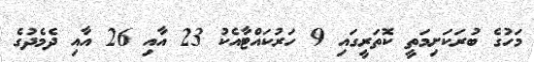
މަހުގެ ބުރަކަށިމަތީ ކޮތަރީގައި 9 ހަރުކައްޓާއެކު 23 އާއި 26 އާއި ދެމެދުގެ